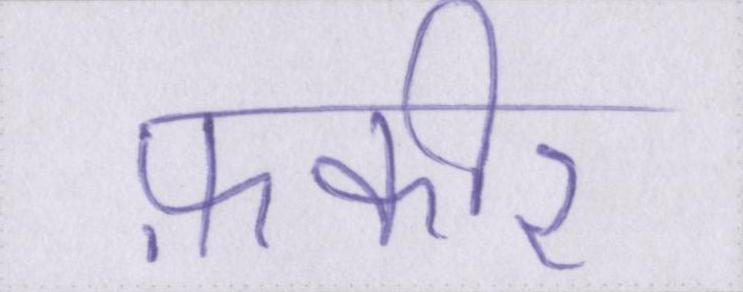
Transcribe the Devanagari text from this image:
फ़कीर